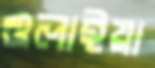
গুলাইয়া